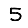
Digit: 5